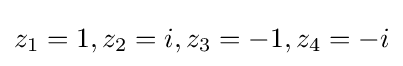
z_{1}=1,z_{2}=i,z_{3}=-1,z_{4}=-i